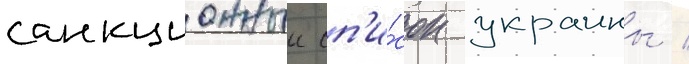
санкционныи сп'и́сок украины /